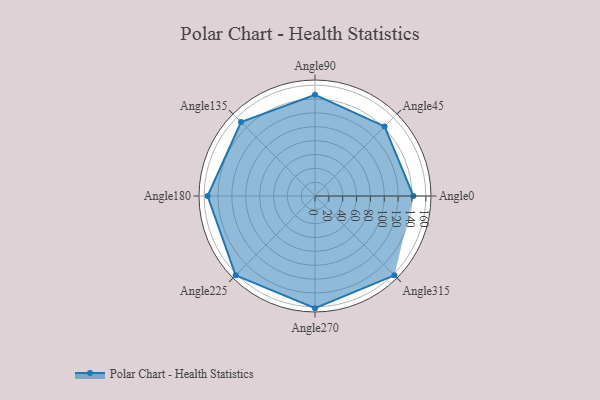
{"axis": {"x": "Angle", "y": "Radius"}, "legend": [""], "data": [{"x": "Angle0", "y": 142.0, "type": ""}, {"x": "Angle45", "y": 142.0, "type": ""}, {"x": "Angle90", "y": 146.0, "type": ""}, {"x": "Angle135", "y": 151.0, "type": ""}, {"x": "Angle180", "y": 155.0, "type": ""}, {"x": "Angle225", "y": 162.0, "type": ""}, {"x": "Angle270", "y": 162.0, "type": ""}, {"x": "Angle315", "y": 162.0, "type": ""}]}